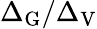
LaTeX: \Delta_{\mathrm{G}}/\Delta_{\mathrm{V}}